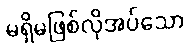
မရှိမဖြစ်လိုအပ်သော